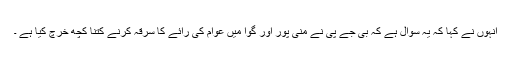
انہوں نے کہا کہ یہ سوال ہے کہ بی جے پی نے منی پور اور گوا میں عوام کی رائے کا سرقہ کرنے کتنا کچھ خرچ کیا ہے ۔